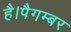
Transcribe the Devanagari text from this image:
है।पैगम्बर